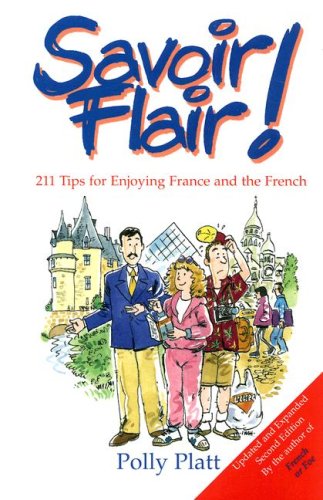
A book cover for Savoir Flair: 211 Tips for Enjoying France and the French; Polly Platt; Travel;